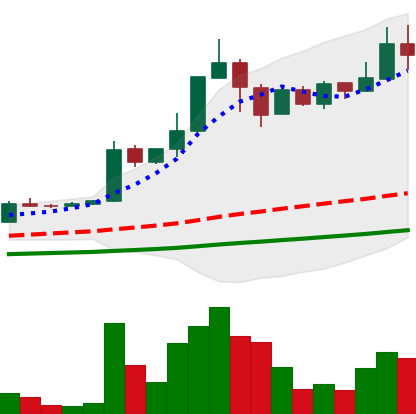
Ticker: TRX-USD
Chart end date: 2021-04-14
Forward return: -7.431%
Label: down_7plus